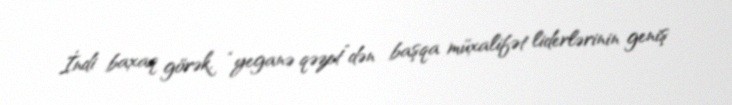
İndi baxaq görək, “yeganə qəzet”dən başqa müxalifət liderlərinin geniş